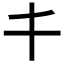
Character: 𠀆